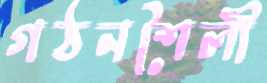
গঠনশৈলী